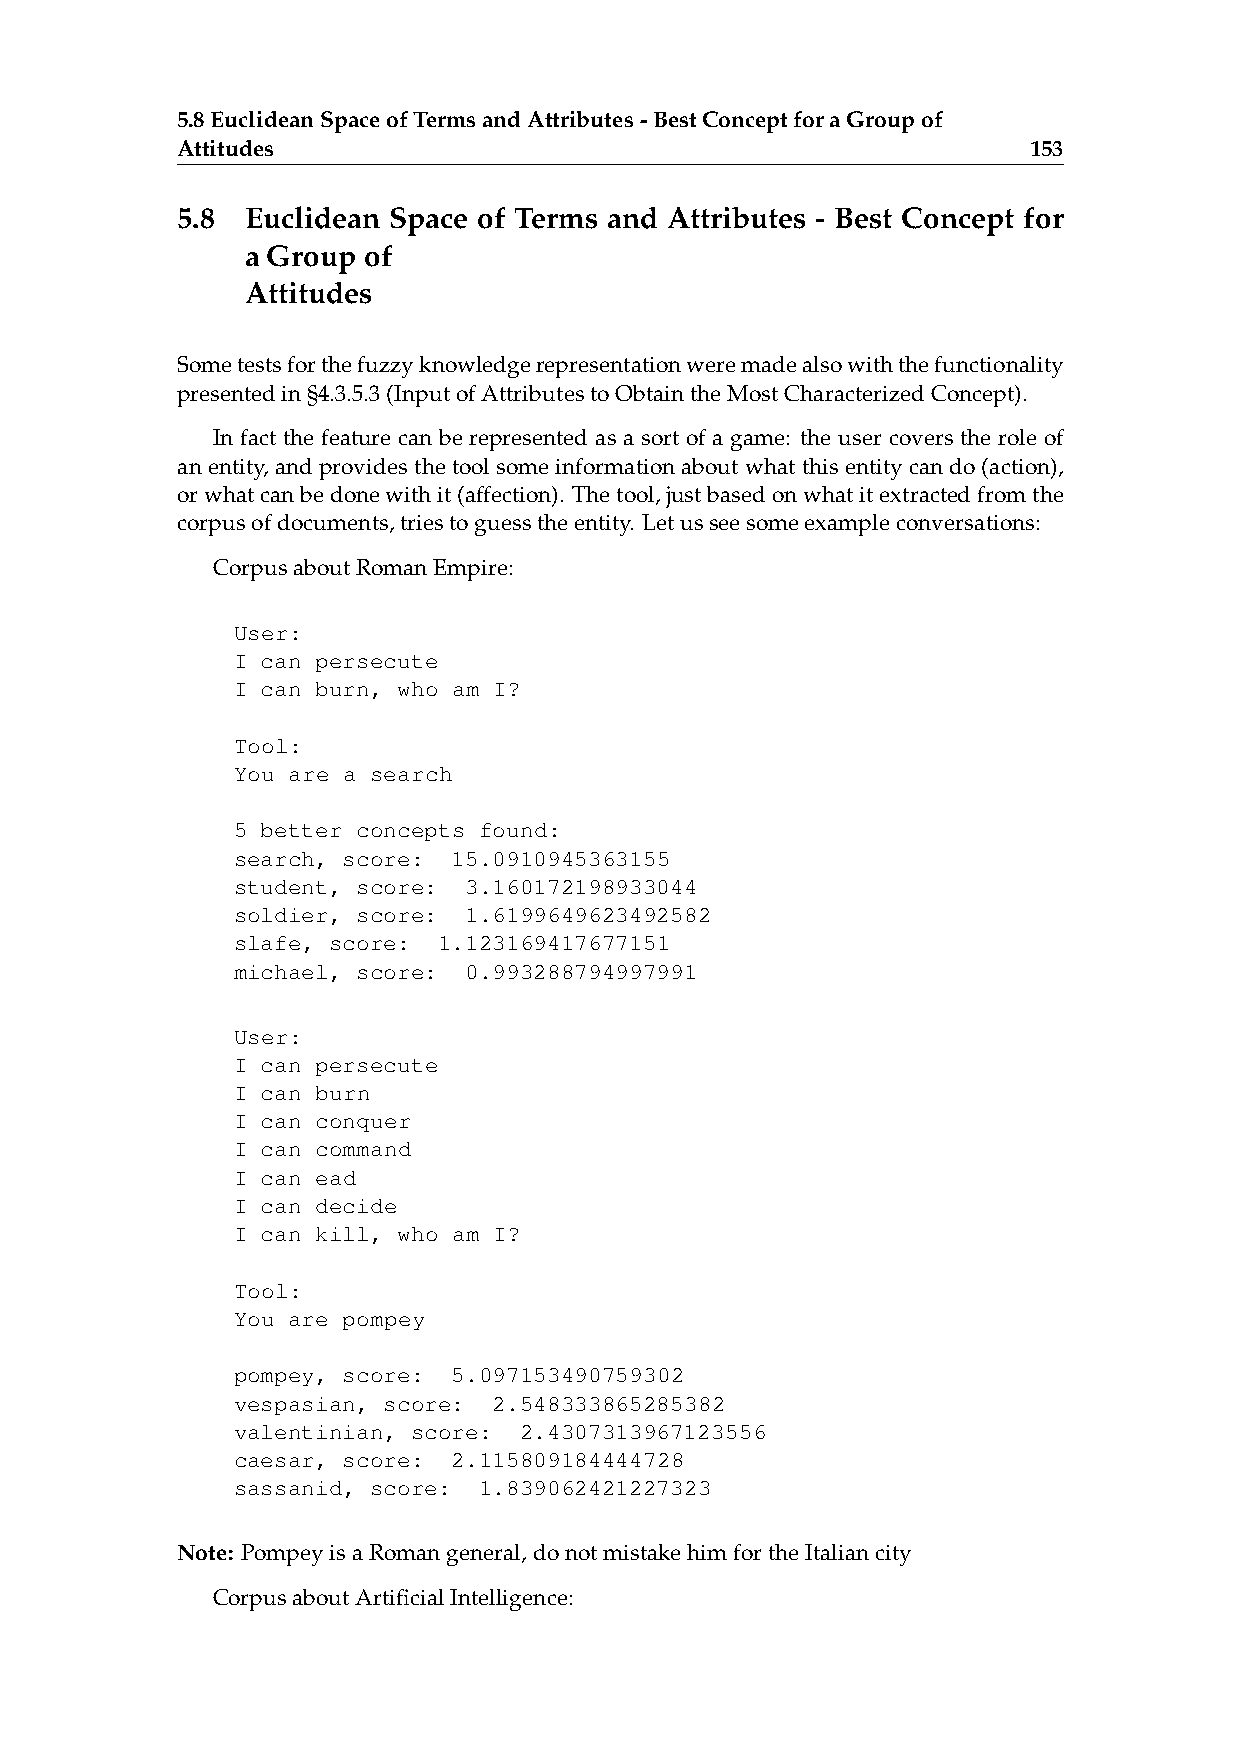
5.8EuclideanSpaceofTermsandAttributes-BestConceptforaGroupof
 Attitudes                                               153
 5.8 Euclidean Space of Terms and Attributes - Best Concept for
 a Group of
 Attitudes
 Sometestsforthefuzzyknowledgerepresentationweremadealsowiththefunctionality
 presentedin§4.3.5.3(InputofAttributestoObtaintheMostCharacterizedConcept).
 In fact the feature can be represented as a sort of a game: the user covers the role of
 anentity,andprovidesthetoolsomeinformationaboutwhatthisentitycando(action),
 orwhatcanbedonewithit(affection). Thetool,justbasedonwhatitextractedfromthe
 corpusofdocuments,triestoguesstheentity. Letusseesomeexampleconversations:
 CorpusaboutRomanEmpire:
 User:
 I can persecute
 I can burn, who am I?
 Tool:
 You are a search
 5 better concepts found:
 search, score: 15.0910945363155
 student, score: 3.160172198933044
 soldier, score: 1.6199649623492582
 slafe, score: 1.123169417677151
 michael, score: 0.993288794997991
 User:
 I can persecute
 I can burn
 I can conquer
 I can command
 I can ead
 I can decide
 I can kill, who am I?
 Tool:
 You are pompey
 pompey, score: 5.097153490759302
 vespasian, score: 2.548333865285382
 valentinian, score: 2.4307313967123556
 caesar, score: 2.115809184444728
 sassanid, score: 1.839062421227323
 Note: PompeyisaRomangeneral,donotmistakehimfortheItaliancity
 CorpusaboutArtificialIntelligence: